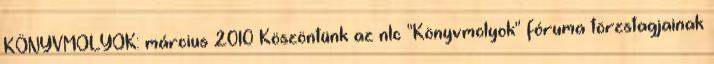
KÖNYVMOLYOK: március 2010 Köszöntünk az nlc "Könyvmolyok" fóruma törzstagjainak